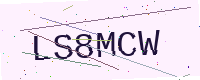
Text: LS8MCW